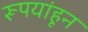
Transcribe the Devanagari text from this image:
रूपयांहून